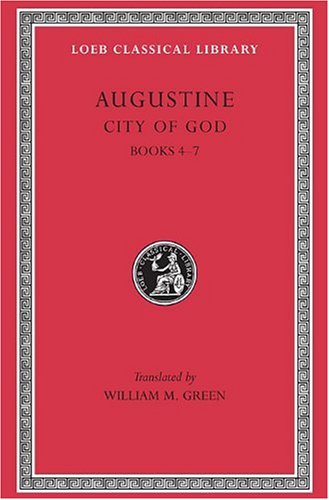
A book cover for Augustine: City of God, Volume II, Books 4-7 (Loeb Classical Library No. 412); Augustine; Politics & Social Sciences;